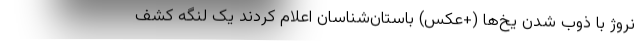
نروژ با ذوب شدن یخ‌ها (+عکس) باستان‌شناسان اعلام کردند یک لنگه کشف